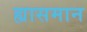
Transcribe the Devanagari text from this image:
ह्यासमान